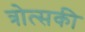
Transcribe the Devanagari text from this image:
त्रोत्सकी